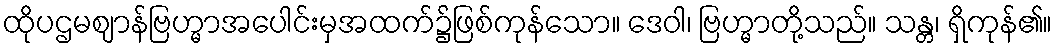
ထိုပဌမဈာန်ဗြဟ္မာအပေါင်းမှအထက်၌ဖြစ်ကုန်သော။ ဒေဝါ၊ ဗြဟ္မာတို့သည်။ သန္တ၊ ရှိကုန်၏။